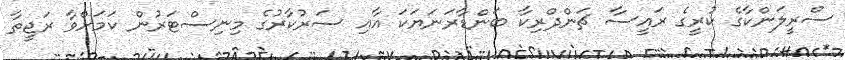
ސްރީލަންކާގެ ކުރީގެ ރައީސާ ޗަންދްރިކާ ބަންޑާރަނަޔަކަ އާއި ސަރުކާރުގެ މިނިސްޓަރުން ކަމަށްވާ ރަޖީތާ